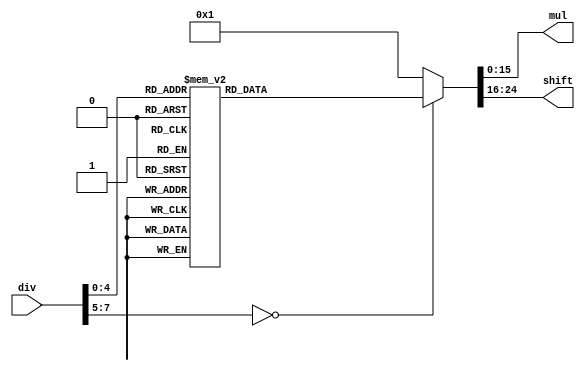
module division_factor(div, mul, shift);

input  [7:0]  div;

output [15:0] mul;
output [8:0]  shift;

reg    [15:0] mul;
reg    [8:0]  shift;

always @(div)
begin

   case(div)
   
   8'd1: begin mul = 16'd1;      shift = 8'd0; end
   8'd2: begin mul = 16'd1;      shift = 8'd1; end
   8'd3: begin mul = 16'd21845;  shift = 8'd16; end
   8'd4: begin mul = 16'd1;      shift = 8'd2; end
   8'd5: begin mul = 16'd13107;  shift = 8'd16; end
   8'd6: begin mul = 16'd10923;  shift = 8'd16; end
   8'd7: begin mul = 16'd9362;   shift = 8'd16; end
   8'd8: begin mul = 16'd1;      shift = 8'd3; end
   8'd9: begin mul = 16'd7282;   shift = 8'd16; end
   8'd10:begin mul = 16'd6554;   shift = 8'd16; end
   8'd11:begin mul = 16'd5958;   shift = 8'd16; end
   8'd12:begin mul = 16'd5461;   shift = 8'd16; end
   8'd13:begin mul = 16'd5041;   shift = 8'd16; end
   8'd14:begin mul = 16'd4681;   shift = 8'd16; end
   8'd15:begin mul = 16'd4369;   shift = 8'd16; end
   8'd16:begin mul = 16'd1;      shift = 8'd4; end
   8'd17:begin mul = 16'd3855;   shift = 8'd16; end
   8'd18:begin mul = 16'd3641;   shift = 8'd16; end
   8'd19:begin mul = 16'd3449;   shift = 8'd16; end
   8'd20:begin mul = 16'd3277;   shift = 8'd16; end
   8'd21:begin mul = 16'd3121;   shift = 8'd16; end
   8'd22:begin mul = 16'd2979;   shift = 8'd16; end
   8'd23:begin mul = 16'd2849;   shift = 8'd16; end
   8'd24:begin mul = 16'd2731;   shift = 8'd16; end
   8'd25:begin mul = 16'd2621;   shift = 8'd16; end
   8'd26:begin mul = 16'd2521;   shift = 8'd16; end
   8'd27:begin mul = 16'd2427;   shift = 8'd16; end
   8'd28:begin mul = 16'd2341;   shift = 8'd16; end
   8'd29:begin mul = 16'd2260;   shift = 8'd16; end
   8'd30:begin mul = 16'd2185;   shift = 8'd16; end
  
   default: begin mul = 16'd1;      shift = 8'd0; end
   
   endcase
end

endmodule